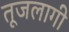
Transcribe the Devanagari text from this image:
तूजलागी